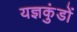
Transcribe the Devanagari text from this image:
यज्ञकुंडों